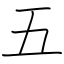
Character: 五